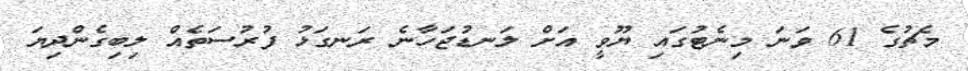
މެޗުގެ 61 ވަނަ މިނެޓުގައި ޔޫވީ އަށް ލަނޑުޖަހާނެ ރަނގަޅު ފުރުސަތެއް ލިބިގެންދިޔަ